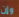
وإن